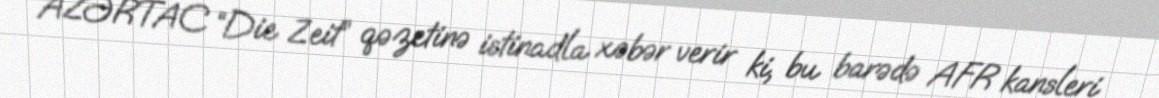
AZƏRTAC “Die Zeit” qəzetinə istinadla xəbər verir ki, bu barədə AFR kansleri